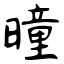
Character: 曈